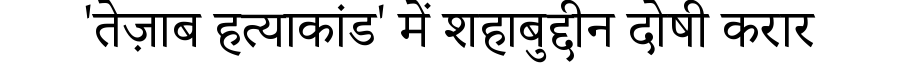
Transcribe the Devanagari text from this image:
'तेज़ाब हत्याकांड' में शहाबुद्दीन दोषी करार